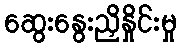
ဆွေးနွေးညှိနှိုင်းမှု